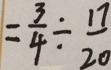
= \frac { 3 } { 4 } \div \frac { 1 7 } { 2 0 }